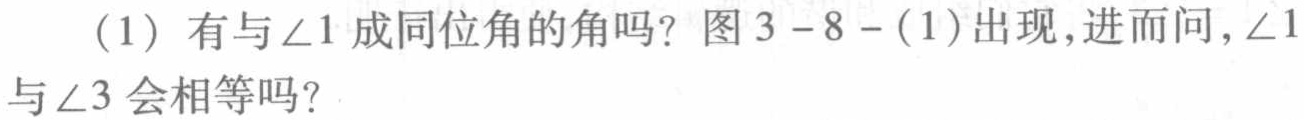
（1）有与$\angle 1$成同位角的角吗？图3 - 8 - (1)出现，进而问，$\angle 1$与$\angle 3$会相等吗？